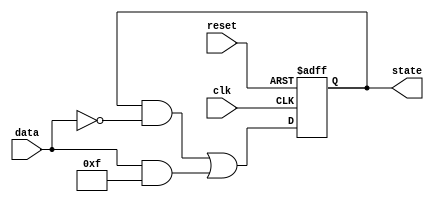
module feedback_register #(
    parameter N = 4,           // Number of bits in the register
    parameter M = 2            // Number of additional data inputs
)(
    input  wire clk,           // Clock input
    input  wire reset,         // Reset input
    input  wire [M-1:0] data,  // Data inputs
    output reg  [N-1:0] state  // Current state output
);

    // Internal signals for next state calculation
    wire [N-1:0] next_state;

    // Feedback logic to generate next state
    assign next_state = (state & ~data) | (data & {N{1'b1}}); // Example logic, adjust as needed

    // Sequential logic to update the state on clock edge
    always @(posedge clk or posedge reset) begin
        if (reset) begin
            state <= {N{1'b0}};  // Reset state to zero
        end else begin
            state <= next_state; // Update state with the next state
        end
    end

endmodule